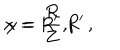
x = R ^ { \prime } \, , \hspace { 1 c m } y = \frac { R } { Z } \, R ^ { \prime } \, ,